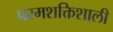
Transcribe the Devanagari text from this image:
परमशक्तिशाली